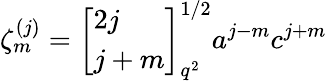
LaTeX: \zeta_{m}^{(j)}=\left[\begin{array}{l}{{2j}}\\ {{j+m}}\end{array}\right]_{q^{2}}^{1/2}a^{j-m}c^{j+m}